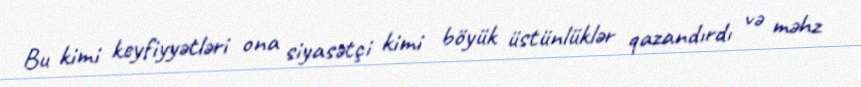
Bu kimi keyfiyyətləri ona siyasətçi kimi böyük üstünlüklər qazandırdı və məhz